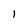
Character: l